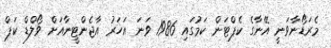
މެރަޑޯނާވަނީ އޭނާގެ ކެޕްޓަން ކަމުގައި 1986 ވަނަ އަހަރު އާޖެންޓީނާއަށް ވޯލްޑް ކަޕް